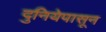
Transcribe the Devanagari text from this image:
दुनियेपासून